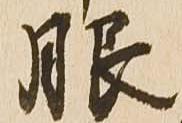
服